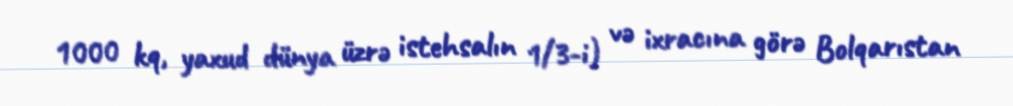
1000 kq, yaxud dünya üzrə istehsalın 1/3-i) və ixracına görə Bolqarıstan